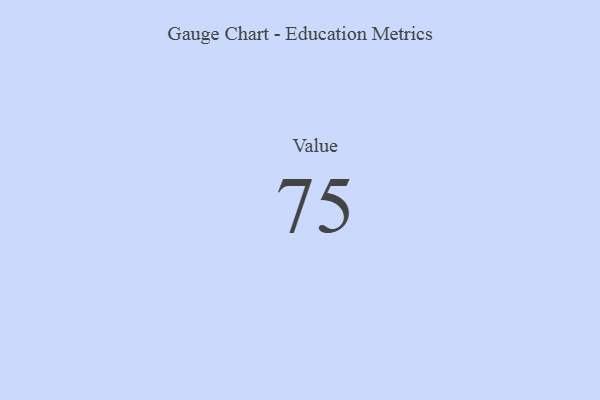
{"axis": {"x": "Metric", "y": "Value"}, "legend": [""], "data": [{"x": "Value", "y": 75, "type": ""}]}